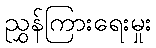
ညွှန်ကြားရေးမှုး